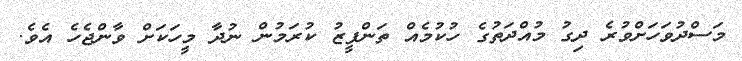
މަސްދުވަހަށްވުރެ ދިގު މުއްދަތުގެ ހުކުމެއް ތަންފީޒު ކުރަމުން ނުދާ މީހަކަށް ވާންޖެހެ އެވެ.